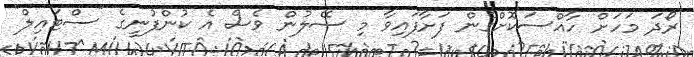
ރޯދަ މަހަށް ހާއްސަކޮށްގެން ފަށާފައިވާ މި ސޭލުން ވެސް އެ ކުންފުނީގެ "ސްޓައިލް"